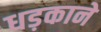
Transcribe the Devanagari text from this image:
धड़काने